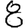
Digit: 8